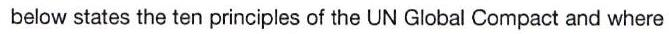
below states the ten principles of the UN Global Compact and where